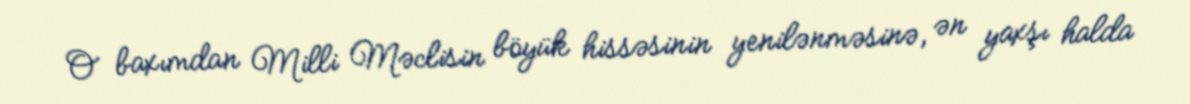
O baxımdan Milli Məclisin böyük hissəsinin yenilənməsinə, ən yaxşı halda